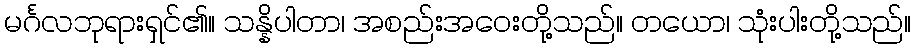
မင်္ဂလဘုရားရှင်၏။ သန္နိပါတာ၊ အစည်းအဝေးတို့သည်။ တယော၊ သုံးပါးတို့သည်။